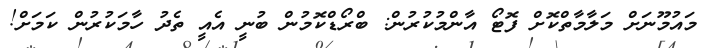
މައުމޫނަށް މަލާމާތްކޮށް ފޮޓޯ އާންމުކުރުން: ބްރޯޑްކޮމުން ބުނީ އެއީ ތެދު ހާމަކުރުން ކަމަށް!